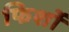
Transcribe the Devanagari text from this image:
फिर्शो